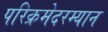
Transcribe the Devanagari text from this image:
परिक्रमेदरम्यान